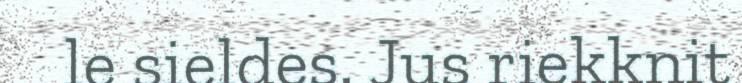
le sieldes. Jus riekknit